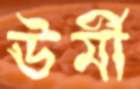
ঊর্মী